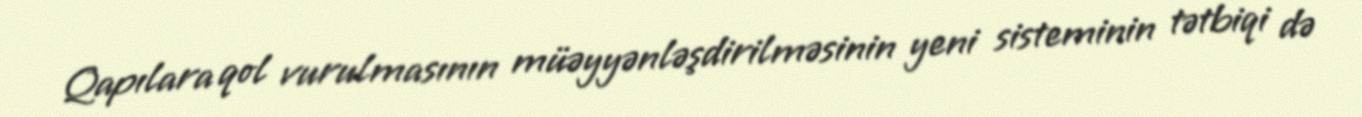
Qapılara qol vurulmasının müəyyənləşdirilməsinin yeni sisteminin tətbiqi də